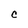
Character: C